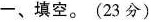
一、填空。(23分)